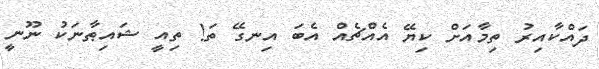
ދައްކާއިރު ތިމާއަށް ކިޔޭ އެއްޗެއް އެބަ އިނގޭ ތަ! ތިއީ ޝައިޠާނަކު ނޫނީ